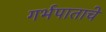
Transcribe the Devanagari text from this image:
गर्भपाताचे